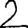
Digit: 2